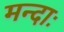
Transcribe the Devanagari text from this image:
मन्दाः